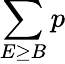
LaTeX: \sum\limits_{E\geq B}p